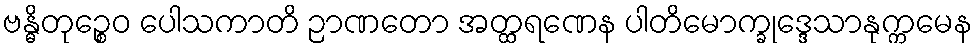
ဗန္ဓိတုဉ္စေဝ ပေါသကာတိ ဉာဏတော အတ္ထရဏေန ပါတိမောက္ခုဒ္ဒေသာနုက္ကမေန